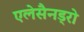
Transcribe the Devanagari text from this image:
एलेसैनड्रो